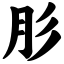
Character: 肜